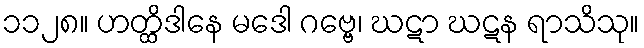
၁၁၂၈။ ဟတ္ထိဒါနေ မဒေါ ဂဗ္ဗေ၊ ဃဋာ ဃဋန ရာသိသု။